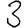
Digit: 3